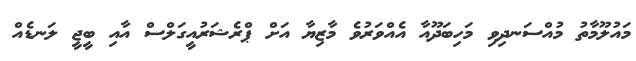
މައުލޫމާތު މުއްސަނދިވި މަހިބަދޫއާ އެއްވަރުވެ މާޒިޔާ އަށް ޕްރެޝަރުއީގަލްސް އާއި ބީޖީ ލަނޑެއް